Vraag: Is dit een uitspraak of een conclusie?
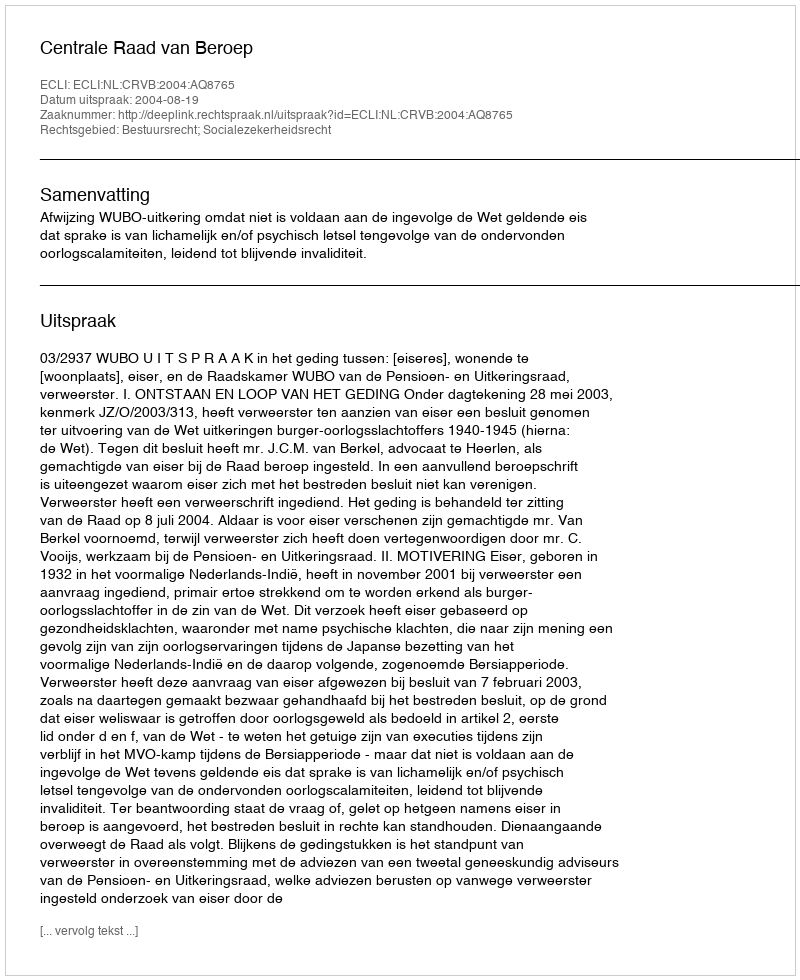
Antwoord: Uitspraak